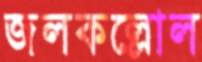
জলকল্লোল